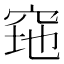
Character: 𱶶